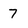
Character: 7